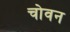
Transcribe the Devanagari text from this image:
चोवन